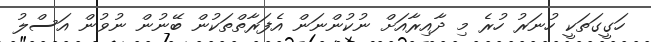
ހަގީގަތަކީ ހުނަރު ހުރެ މި ދާއިރާއަށް ނުކުންނަން އެފަރާތްތަކުން ބޭނުން ނުވުން އަސްލު